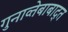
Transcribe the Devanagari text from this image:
गुनाव्तेबाबाद्त